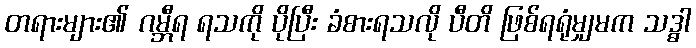
တရားများ၏ ဂမ္ဘီရ ရသကို ပိုပြီး ခံစားရသလို ပီတိ ဖြစ်ရရုံမျှမက သဒ္ဓါ